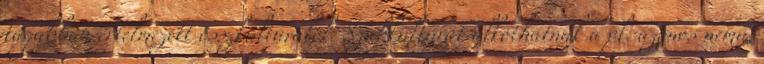
tágabban értelmezett összkultúrától. Szubkultúrát alkothatnak a pl. azonos nemű,